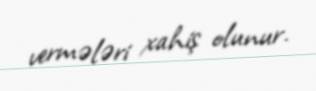
vermələri xahiş olunur.